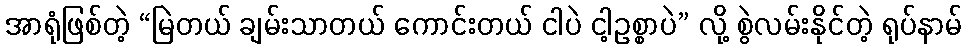
အာရုံဖြစ်တဲ့ “မြဲတယ် ချမ်းသာတယ် ကောင်းတယ် ငါပဲ ငါ့ဥစ္စာပဲ” လို့ စွဲလမ်းနိုင်တဲ့ ရုပ်နာမ်